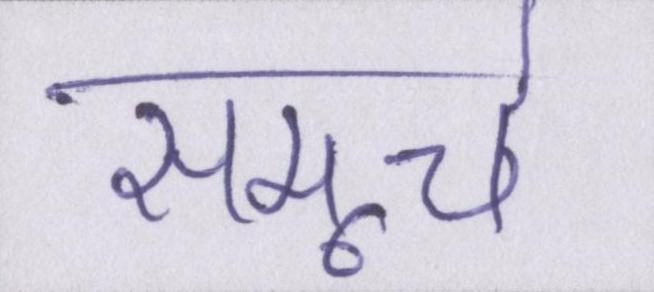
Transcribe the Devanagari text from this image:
समूचे